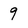
Character: 9